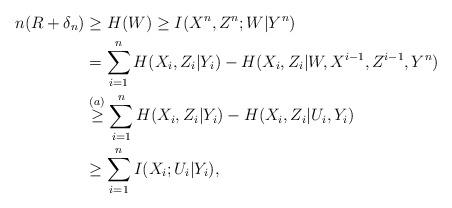
LaTeX: \begin{align*}n(R + \delta_n) &\geq H(W) \geq I(X^n,Z^n;W|Y^n)\\&= \sum_{i=1}^n H(X_i,Z_i|Y_i) -H(X_i,Z_i|W,X^{i-1},Z^{i-1},Y^n)\\&\overset{(a)}{\geq} \sum_{i=1}^n H(X_i,Z_i|Y_i) -H(X_i,Z_i|U_i,Y_i)\\&\geq \sum_{i=1}^n I(X_i;U_i|Y_i),\end{align*}